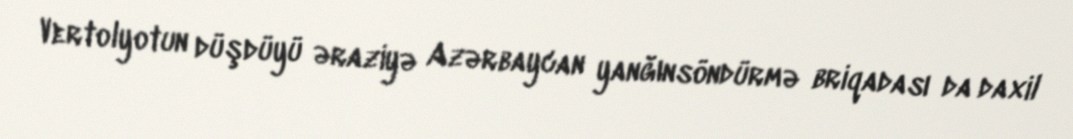
Vertolyotun düşdüyü əraziyə Azərbaycan yanğınsöndürmə briqadası da daxil